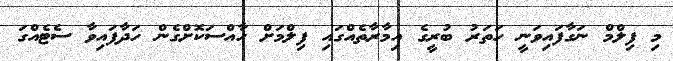
މި ފިލްމް ނަގާފައިވަނީ ހަތަރު ބުރީގެ އިމާރާތެއްގައި ފިލްމަށް ހާއްސަކޮށްގެން ހަދާފައިވާ ސެޓެއްގަ